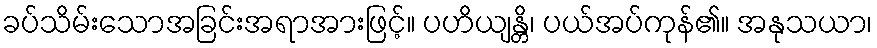
ခပ်သိမ်းသောအခြင်းအရာအားဖြင့်။ ပဟိယျန္တိ၊ ပယ်အပ်ကုန်၏။ အနုသယာ၊